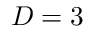
D = 3